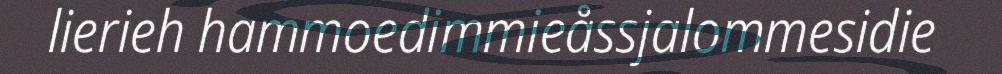
lierieh hammoedimmieåssjalommesidie